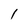
Character: 1